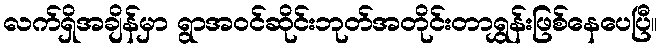
လက်ရှိအချိန်မှာ ရွာအဝင်ဆိုင်းဘုတ်အတိုင်းတာရွှန်းဖြစ်နေပေပြီ။